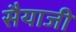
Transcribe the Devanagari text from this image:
सैयाजी